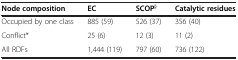
<table><thead><tr><td><b>Node composition</b></td><td><b>EC</b></td><td><b>SCOP<sup>§</sup></b></td><td><b>Catalytic residues</b></td></tr></thead><tbody><tr><td>Occupied by one class</td><td>885 (59)</td><td>526 (37)</td><td>356 (40)</td></tr><tr><td>Conflict*</td><td>25 (6)</td><td>12 (3)</td><td>11 (2)</td></tr><tr><td>All RDFs</td><td>1,444 (119)</td><td>797 (60)</td><td>736 (122)</td></tr></tbody></table>